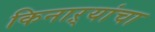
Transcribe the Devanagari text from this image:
किनाऱ्यांचा